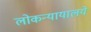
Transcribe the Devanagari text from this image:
लोकन्यायालये